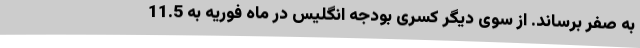
به صفر برساند. از سوی دیگر کسری بودجه انگلیس در ماه فوریه به 11.5